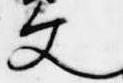
文